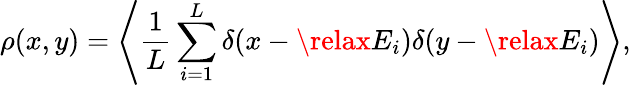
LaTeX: \rho(x,y)=\left<\frac{1}{L}\sum_{i=1}^{L}\delta(x-\relax E_{i})\delta(y-\relax E_{i})\right>,